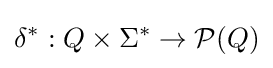
\delta ^{*}:Q\times \Sigma ^{*}\rightarrow {\mathcal {P}}(Q)